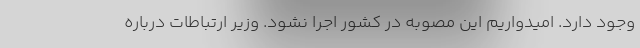
وجود دارد. امیدواریم این مصوبه در کشور اجرا نشود. وزیر ارتباطات درباره